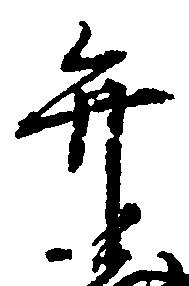
弁